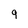
Character: q